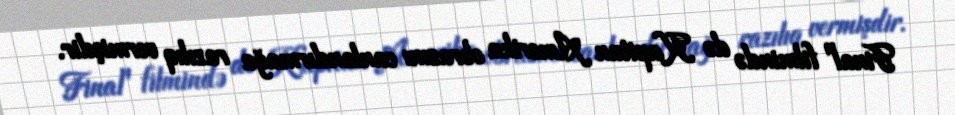
Final" filmində də Kapitan Amerika obrazını canlandırmağa razılıq vermişdir.